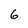
Character: 6